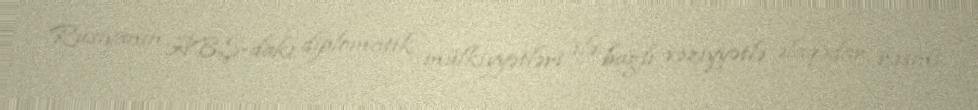
Rusiyanın ABŞ-dakı diplomatik mülkiyyətləri ilə bağlı vəziyyətlə əlaqədar rəsmi